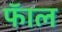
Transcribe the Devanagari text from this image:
फॅाल